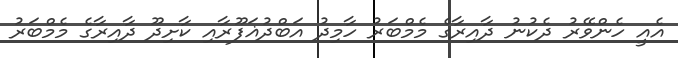
އެއީ ހެންވޭރު ދެކުނު ދާއިރާގެ މެމްބަރު ހާމިދު އަބްދުޣަފޫރާއި ކާށިދޫ ދާއިރާގެ މެމްބަރު